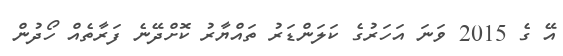
އޭ ގެ 2015 ވަނަ އަހަރުގެ ކަލަންޑަރު ތައްޔާރު ކޮށްދޭނެ ފަރާތެއް ހޯދުން